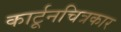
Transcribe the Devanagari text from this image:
कार्टूनचित्रकार